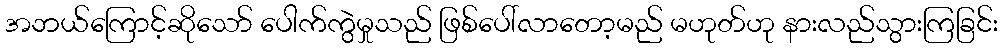
အဘယ်ကြောင့်ဆိုသော် ပေါက်ကွဲမှုသည် ဖြစ်ပေါ်လာတော့မည် မဟုတ်ဟု နားလည်သွားကြခြင်း